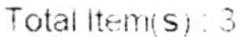
TOTAL ITEM(S) : 3